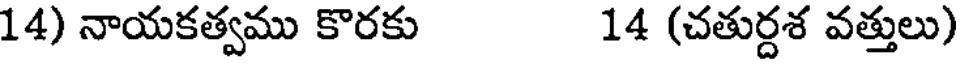
14) నాయకత్వము కొరకు 14 (చతుర్దశ వత్తులు)